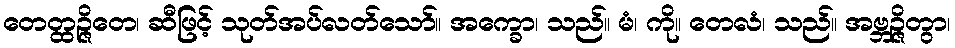
တေတ္ထဉ္ဇိတေ၊ ဆီဖြင့် သုတ်အပ်လတ်သော်။ အက္ခော၊ သည်။ မံ၊ ကို။ တေလံ၊ သည်။ အဗ္ဘဉ္ဇိတွာ၊